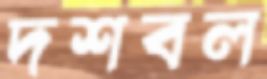
দশবল